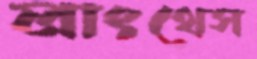
লাংথেস